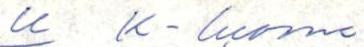
u K-luoma